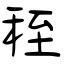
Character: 秷